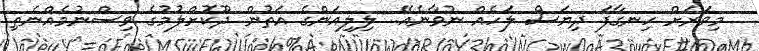
މިވަރަށް ހިނގާފަ ދިޔަސް ލަހެއް ނުވާނެއޭ.. ލިލިއަންގެ އަތުން ދޫކޮށްލުމުގެ ވިސްނުމެއްނެތި